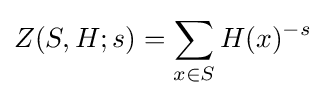
Z(S,H;s)=\sum _{x\in S}H(x)^{-s}